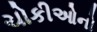
ચોકીઓનો